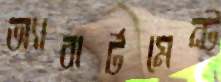
অ্যাবার্টমেন্ট